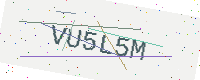
Text: VU5L5M